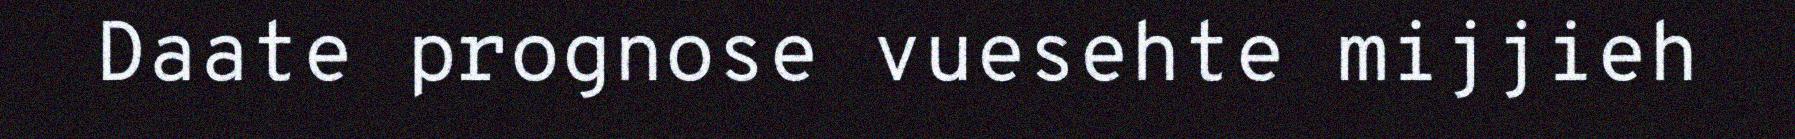
Daate prognose vuesehte mijjieh